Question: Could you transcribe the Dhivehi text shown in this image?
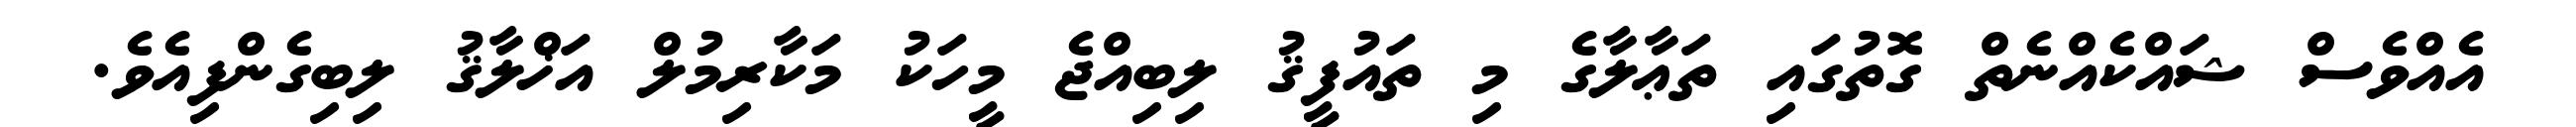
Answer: އެއްވެސް ޝައްކެއްނެތް ގޮތުގައި ތަޢާލާގެ މި ތައުފީޤު ލިބިއްޖެ މީހަކު މަކާރިމުލް އަޚްލާޤު ލިބިގެންފިއެވެ.